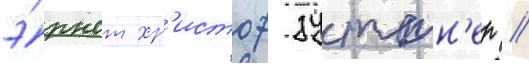
э́рнст хр'истоф зуттн'ер //